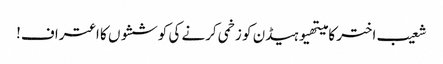
شعیب اختر کا میتھیوہیڈن کو زخمی کرنے کی کوششوں کا اعتراف!